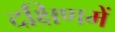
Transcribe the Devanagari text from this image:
दक्षिणमें